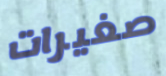
صغيرات